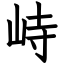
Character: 峙